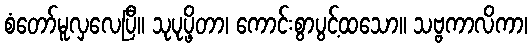
စံတော်မူလှလေပြီ။ သုပုပ္ဖိတာ၊ ကောင်းစွာပွင့်ထသော။ သဗ္ဗကာလိကာ၊